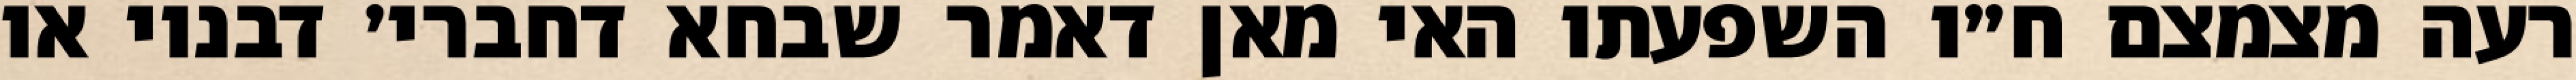
רעה מצמצם ח״ו השפעתו האי מאן דאמר שבחא דחברי׳ דבנוי או